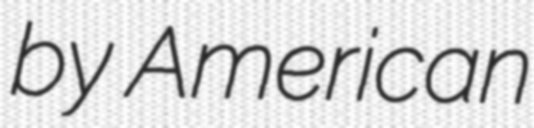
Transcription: by American